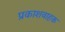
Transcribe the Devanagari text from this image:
प्रकाशवाहक